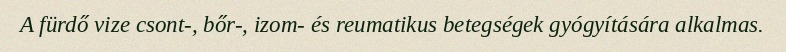
A fürdő vize csont-, bőr-, izom- és reumatikus betegségek gyógyítására alkalmas.